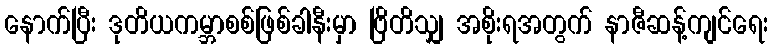
နောက်ပြီး ဒုတိယကမ္ဘာစစ်ဖြစ်ခါနီးမှာ ဗြိတိသျှ အစိုးရအတွက် နာဇီဆန့်ကျင်ရေး